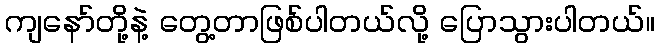
ကျနော်တို့နဲ့ တွေ့တာဖြစ်ပါတယ်လို့ ပြောသွားပါတယ်။